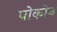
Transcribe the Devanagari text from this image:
पोकोन